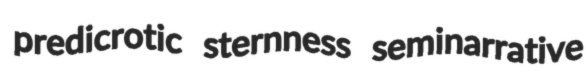
predicrotic sternness seminarrative